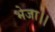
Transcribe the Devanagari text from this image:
भेजा।।